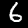
Label: 6